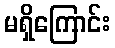
မရှိကြောင်း